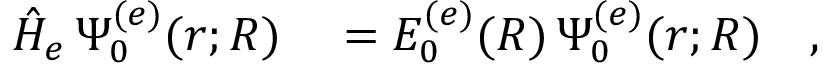
\begin{array} { r l } { \hat { H } _ { e } \, \Psi _ { 0 } ^ { ( e ) } ( r ; R ) } & { { } = E _ { 0 } ^ { ( e ) } ( R ) \, \Psi _ { 0 } ^ { ( e ) } ( r ; R ) \quad , } \end{array}